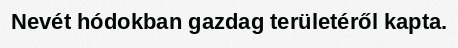
Nevét hódokban gazdag területéről kapta.